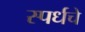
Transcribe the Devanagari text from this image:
स्पर्धचे